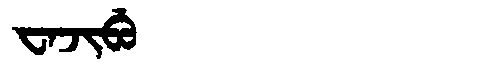
Manchu: ᠸᠠᠵᡳᠪᡠ
Romanization: WAJIBU